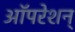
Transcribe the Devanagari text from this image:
ऑपरेशन्